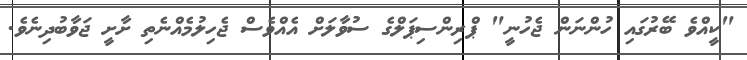
"ކީއްވެ ބޭރުގައި ހުންނަން ޖެހުނީ" ޕްރިންސިޕަލްގެ ސުވާލަށް އެއްވެސް ޖެހިލުމެއްނެތި ށާށީ ޖަވާބުދިނެވެ.